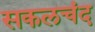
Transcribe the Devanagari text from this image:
सकलचंद